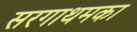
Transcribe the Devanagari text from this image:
सरगाथमका